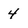
Character: 4